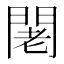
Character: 𨴛